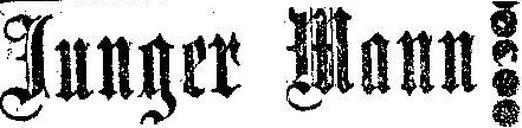
Junger Mann